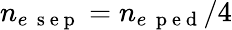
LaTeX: n_{e\, \mathrm{~s~e~p~}}=n_{e\, \mathrm{~p~e~d~}}/4